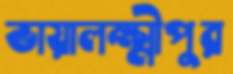
ভায়ালক্ষ্মীপুর